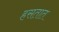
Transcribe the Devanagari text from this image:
हसतात